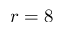
r = 8